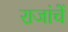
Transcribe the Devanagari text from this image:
राजांचें